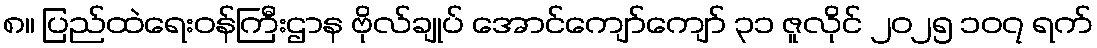
၈။ ပြည်ထဲရေးဝန်ကြီးဌာန ဗိုလ်ချုပ် အောင်ကျော်ကျော် ၃၁ ဇူလိုင် ၂၀၂၅ ၁၀၇ ရက်